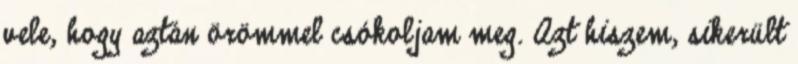
vele, hogy aztán örömmel csókoljam meg. Azt hiszem, sikerült